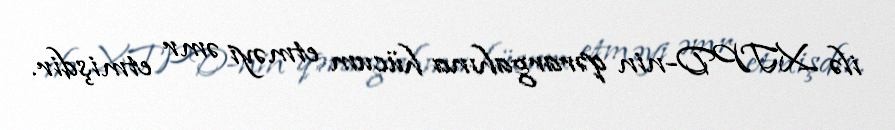
ilə XTPD-nin qərargahına hücum etməyi əmr etmişdir.